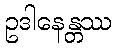
ဥဒါနေန္တဿ